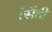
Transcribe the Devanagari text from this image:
सिंही